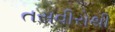
તસવીરોથી